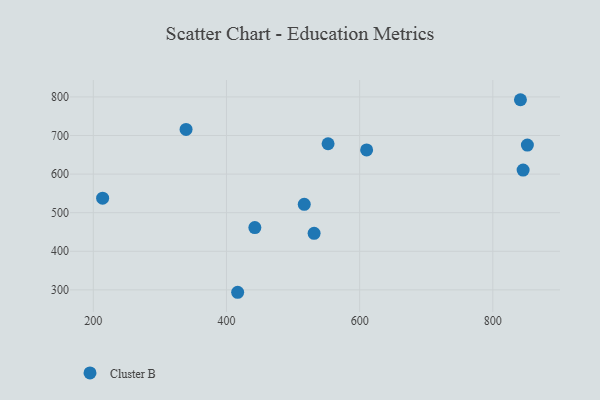
{"axis": {"x": "Distance", "y": "Exam Score"}, "legend": ["Cluster B"], "data": [{"x": "552.6", "y": 678.6, "type": "Cluster B"}, {"x": "841.5", "y": 792.7, "type": "Cluster B"}, {"x": "845.5", "y": 610.5, "type": "Cluster B"}, {"x": "851.9", "y": 675.1, "type": "Cluster B"}, {"x": "531.6", "y": 446.5, "type": "Cluster B"}, {"x": "214.0", "y": 537.5, "type": "Cluster B"}, {"x": "442.6", "y": 461.4, "type": "Cluster B"}, {"x": "339.3", "y": 715.8, "type": "Cluster B"}, {"x": "416.8", "y": 293.8, "type": "Cluster B"}, {"x": "516.8", "y": 521.8, "type": "Cluster B"}, {"x": "610.5", "y": 662.7, "type": "Cluster B"}]}